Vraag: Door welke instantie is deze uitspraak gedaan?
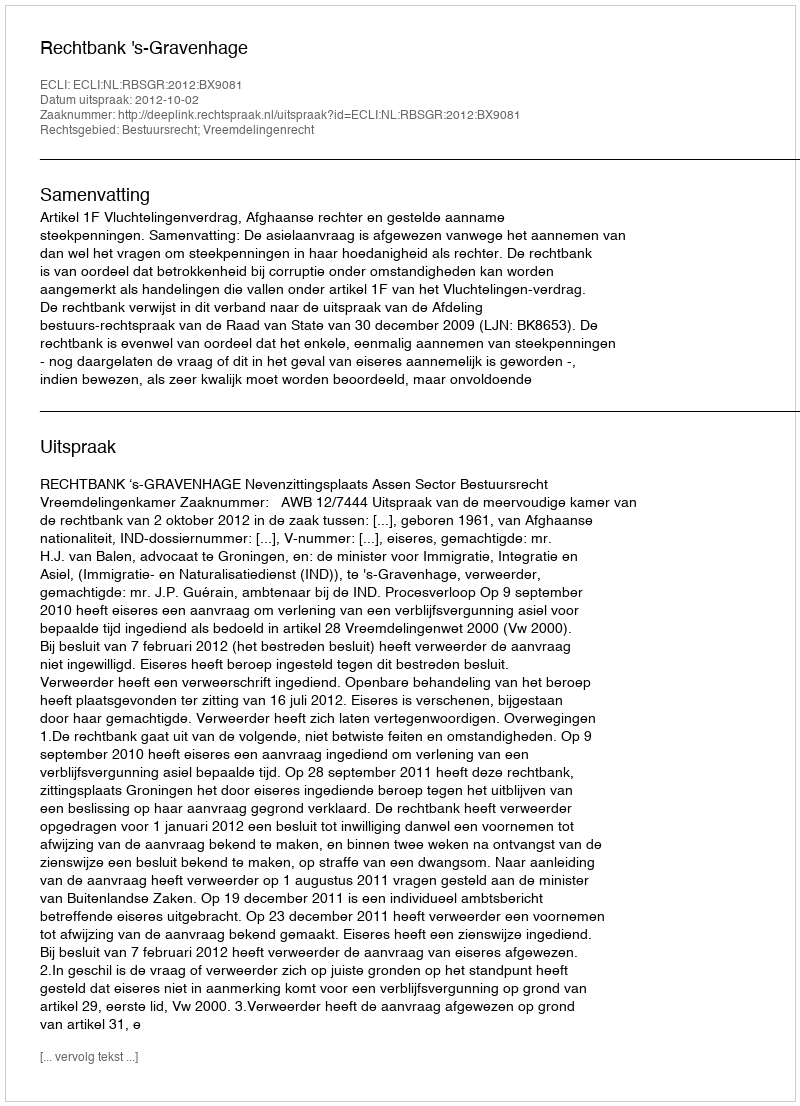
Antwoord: Rechtbank 's-Gravenhage